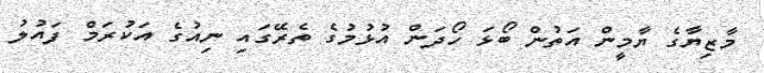
މާޒިޔާގެ ޔާމީން އަތުން ބޯޅަ ހޯދަން އުޅުމުގެ ތެރޭގައި ނިއުގެ އަކުރަމް ފައުލު